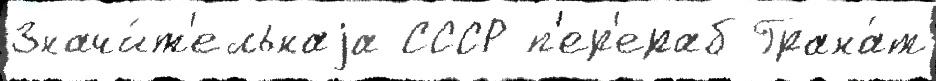
Значи́т'ельнаjа СССР п'ер'ераб Грана́т